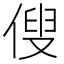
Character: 傁